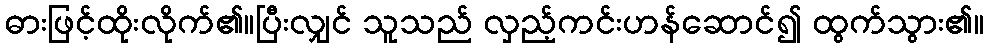
ဓားဖြင့်ထိုးလိုက်၏။ပြီးလျှင် သူသည် လှည့်ကင်းဟန်ဆောင်၍ ထွက်သွား၏။